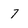
Character: 7